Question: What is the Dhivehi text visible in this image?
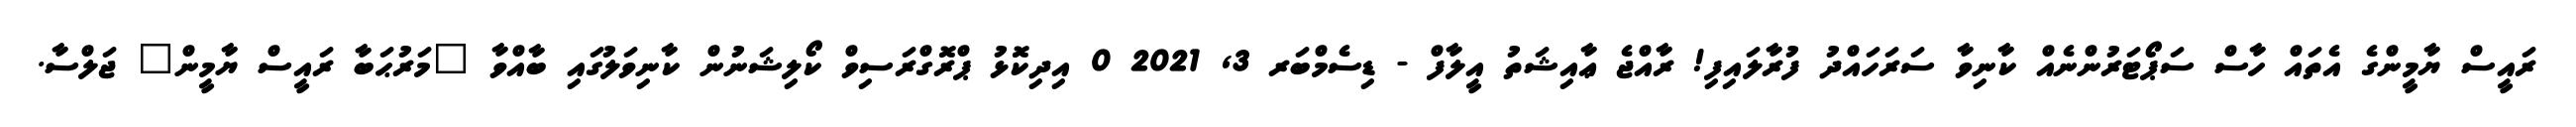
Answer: ރައީސް ޔާމީންގެ އެތައް ހާސް ސަޕޯޓަރުންނެއް ކާނިވާ ސަރަހައްދު ފުރާލައިފި! ރާއްޖެ ޢާއިޝަތު އީލާފް - ޑިސެމްބަރ 3, 2021 0 އިދިކޮޅު ޕްރޮގްރަސިވް ކޯލިޝަނުން ކާނިވަލުގައި ބާއްވާ "މަރުޙަބާ ރައީސް ޔާމީން" ޖަލްސާ.